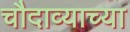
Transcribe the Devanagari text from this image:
चौदाव्याच्या